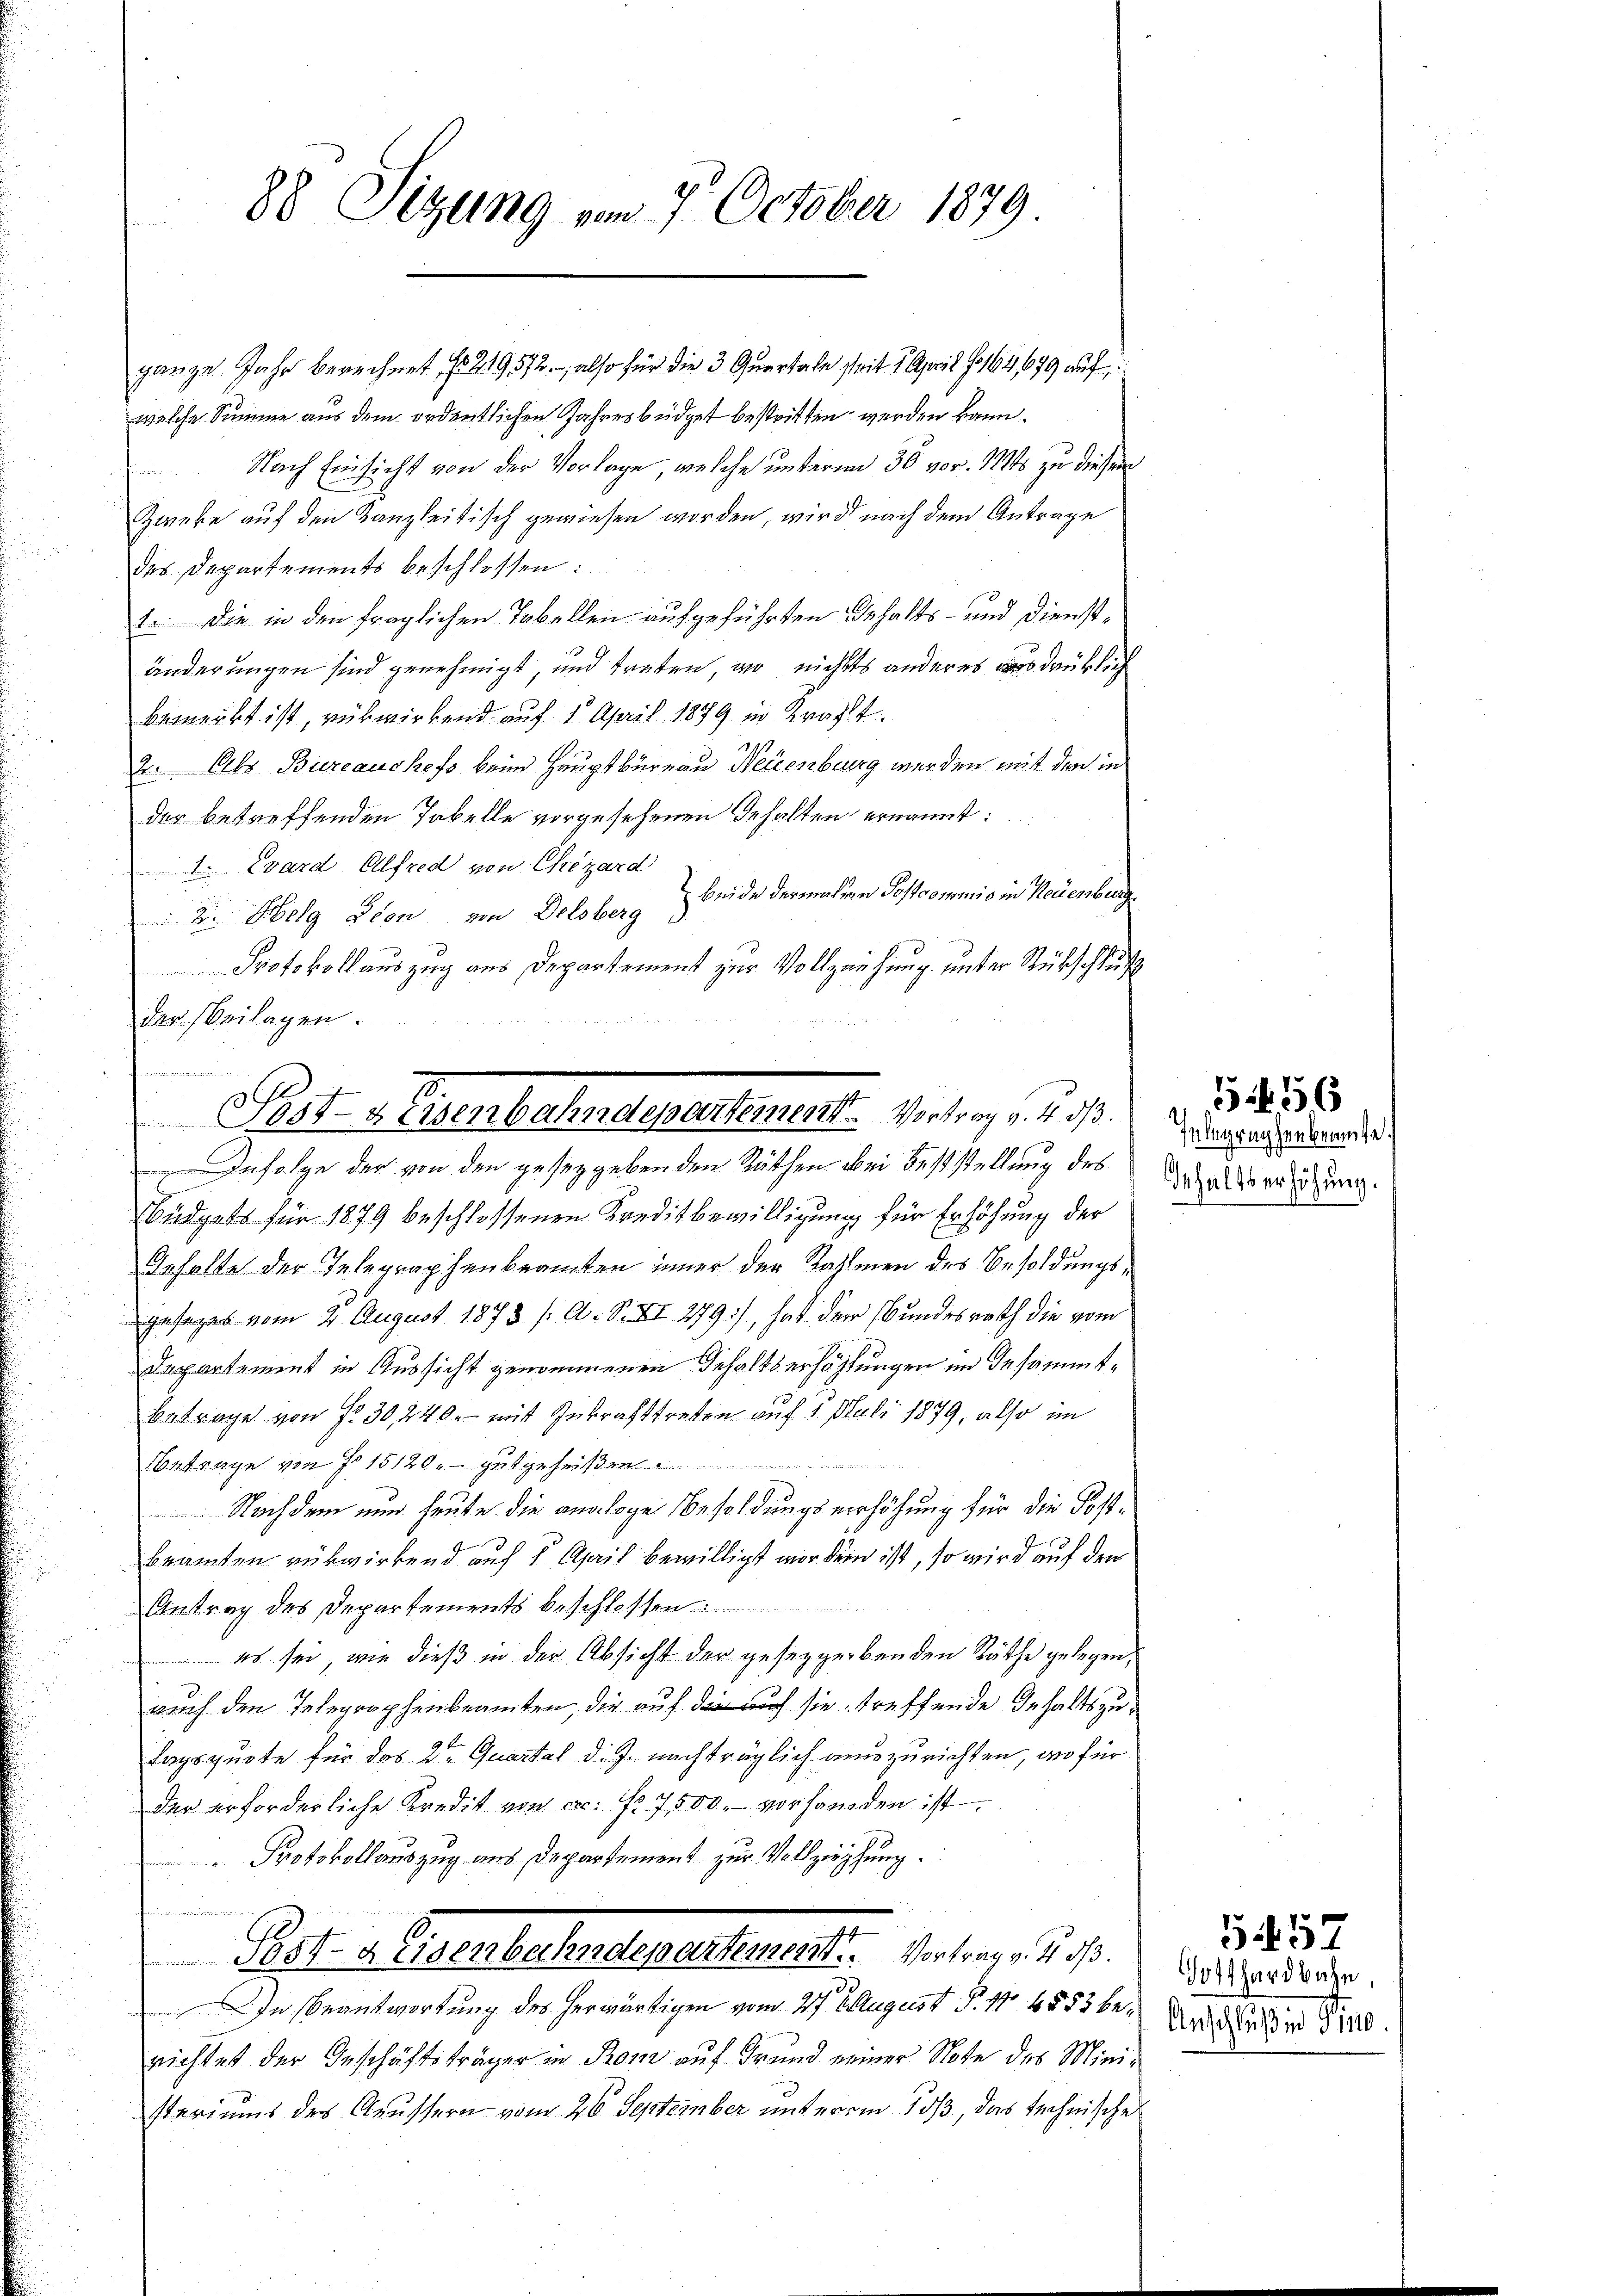
88 Sitzung vom 7. October 1879.

ganze Jahr berechnet No 219572. also für die 3 Quartale seit 1. April 164,679 auf
welche Summe aus dem ordentlichen Jahresbüdget bestritten werden kann.
Nach Einsicht von der Vorlage, welche unterm 30 vor. 114 zu diesem
Zweke auf den Kanzleitisch gewiesen worden, wird nach dem Antrage
des Departements beschlossen:
1. Die in den fraglichen Tobellen aufgeführten Gehalts- und Dienständerungen sind genehmigt, und treten, wo nichts anderes ausdrüklich
bemerkt ist, rükwirkend auf 1. April 1879 in Kracht.
2. Obz. Bureaushefo beim Hauptbüreau Neuenburg werden mit den in
der betreffenden Tabelle vorgesehenen Gehalten ernannt:
. Ward Alfred von Chizard
beide dermalien Postcommis in Neuenburg
2. Helg Lion von Delsberg
Protokollauszug aus Departement zur Vollziehung unter Rückschluß
der Beilagen.
neiden
Infolge der von den geseggebenden Räthen bei Feststellung des
Büdgets für 1879 beschlossenen Kreditbewilligung für Erhöhung der
Inhalte der Telegraphenbeamten immer der Rahmen des Besoldungsgesages vom 2. August 1873 /: A. S. XI 279), hat der Bundesrath die vom
Departement in Aussicht genommenen Gehaltserhöhlungen im Insammtbetrage von Fr. 30, 440. mit Inkrafttreten auf 1. Juli 1879, also im
etrage von No 15120 - gutgeheit
 Nachdem nun heute die analoge Besoldungsverhöhung für die Postbeamten rükwirkend auf 5 April bewilligt wir denn ist, so wird auf den
Antrag des Departements beschlossen.
 es sei, wie dieß in der Absicht der gesezgerbenden Räthe gelegen,
auch den Telegraphenbeamten, die auf die auch sie treffende Inhaltszu¬
Lagsquote für das 2ten Quartal d. J. nachträglich auszurichten, an für
der erforderliche Kredit von etc. fr. 7500. vorhanden ist.
Protokollauszug aus Departement zur Vollziehung.
Post- & Eisenbahndepartement. Vortrag v. 4. d.
In Beantwortung des herwärtigen vom 27 t August P. 1 4853 berichtet der Geschäftsträger in Rom auf Grund einer Note des Ministariums des Grussern vom 26. September unterem Soß, das technisches

Post-Zinsenbahndepartement Vortrag v. 4. ds.

Inbegraphenbeamte.
ehaltserhöhung.
I

n 5456

5457
Gotthardbahn,
Anschluß in Pin10